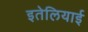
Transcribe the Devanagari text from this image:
इतेलियाई